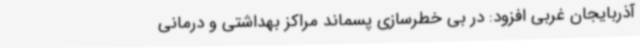
آذربایجان غربی افزود: در بی خطرسازی پسماند مراکز بهداشتی و درمانی